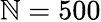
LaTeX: \mathbb{N}=500